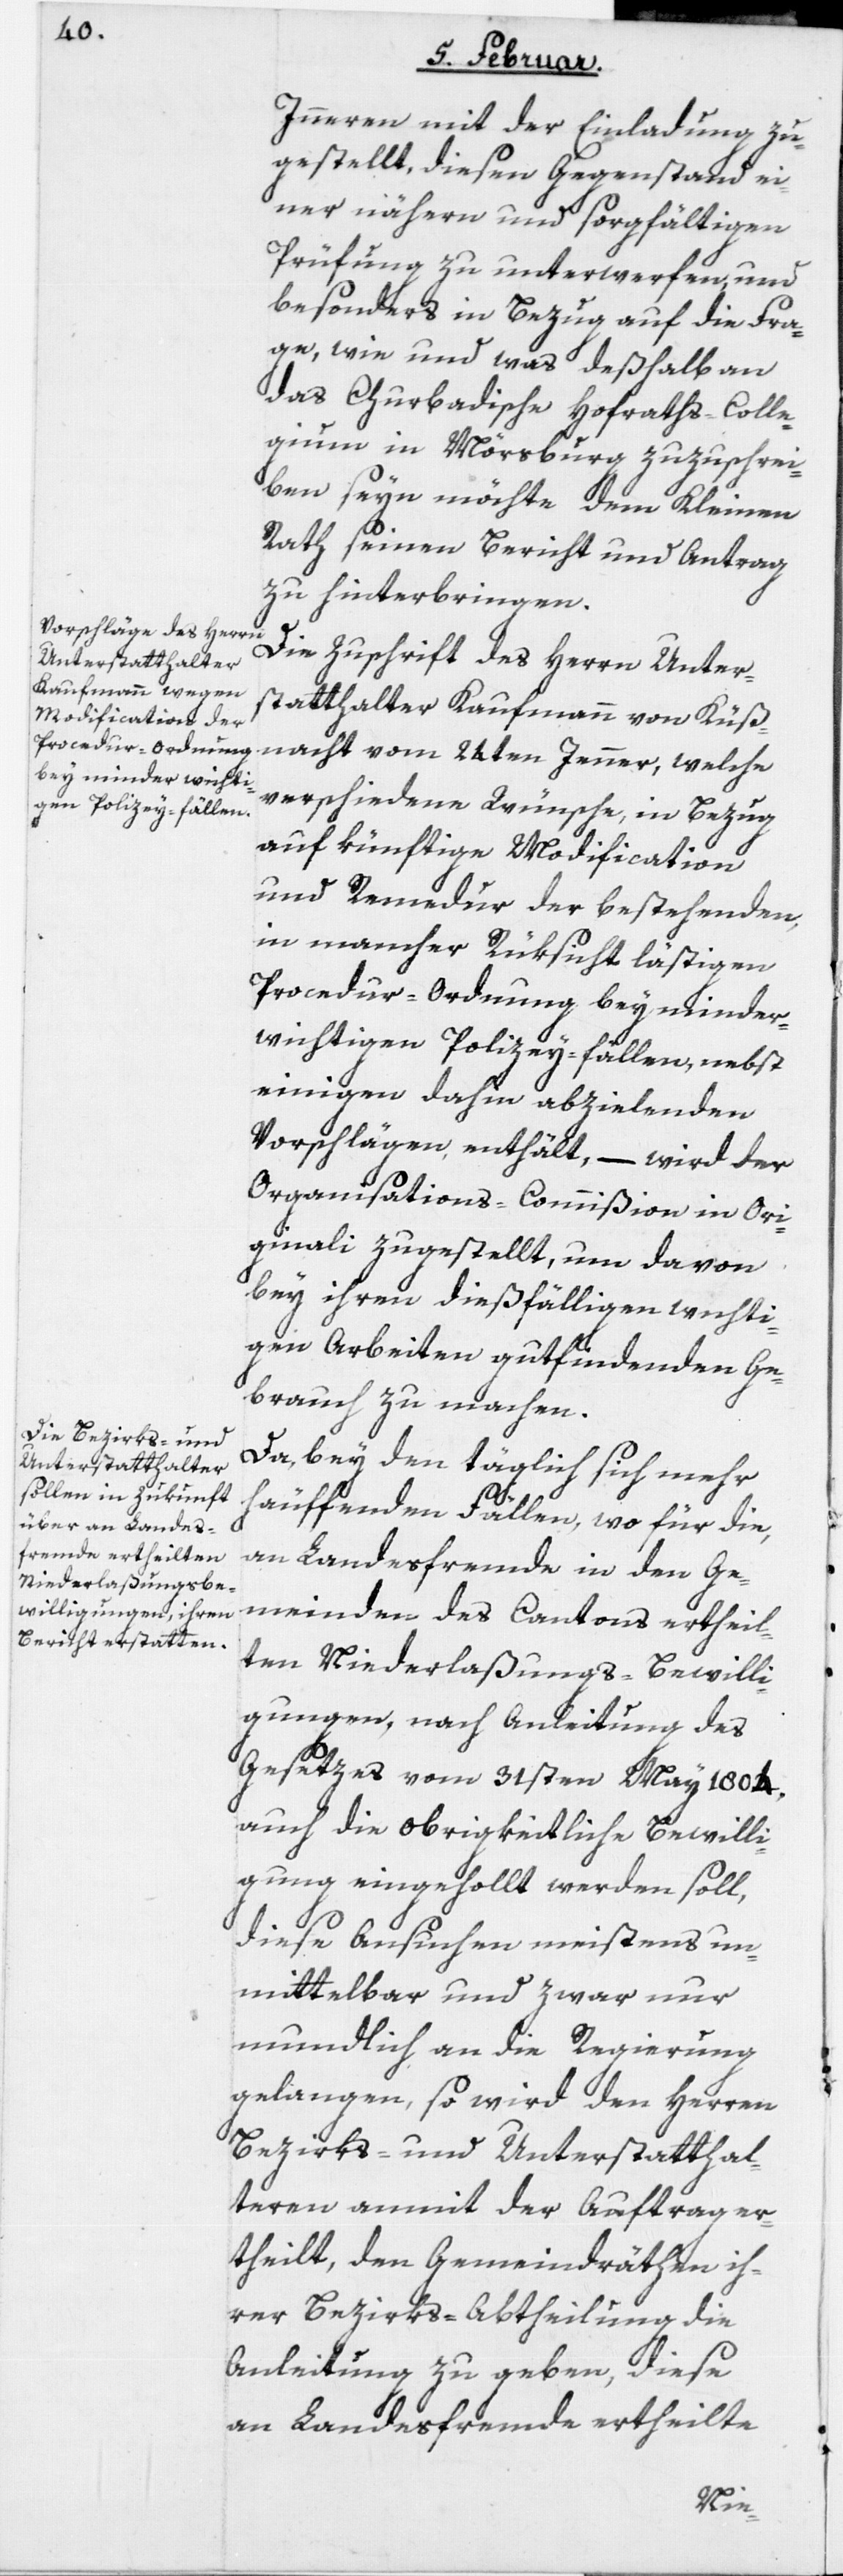
Inneren mit der Einladung zu¬
gestellt, diesen Gegenstand ei¬
ner nähern und sorgfältigen
Prüfung zu unterwerfen, und
besonders in Bezug auf die Fra¬
ge, wie und was deßhalb an
Churbadische Hofraths-Colle¬
gium in Mörsburg zuzuschrei¬
ben seyn möchte dem Kleinen
Rath seinen Bericht und Antrag
zu hinterbringen.
Die Zuschrift des Herrn Unter¬
statthalter Kaufmann von Küß¬
nacht vom 24sten Jenner, welche
verschiedene Wünsche, in Bezug
auf künftige Modification
und Remedur der bestehenden,
in mancher Rüksicht lästigen
Procedur-Ordnung bey minder¬
wichtigen Polizey-fällen, nebst
einigen dahin abzielenden
Vorschlägen enthält, – wird der
Organisations-Commißion in Ori¬
ginali zugestellt, um davon
bey ihren dießfälligen wichti¬
gen Arbeiten gutfindenden Ge¬
brauch zu machen.
Da, bey den täglich sich mehr
häuffenden Fällen, wo für die,
an Landesfremde in den Ge¬
meinden des Cantons ertheil¬
ten Niederlaßungs-Bewilli¬
gungen, nach Anleitung des
Gesetzes vom 31sten May 1804,
auch die obrigkeitliche Bewilli¬
gung eingehollt werden soll,
diese Ansuchen meistens un¬
mittelbar und zwar nur
mundlich an die Regierung
gelangen, so wird den Herren
Bezirks- und Unterstatthal¬
teren anmit der Auftrag er¬
theilt, den Gemeindräthen ih¬
rer Bezirks-Abtheilung die
Anleitung zu geben, diese
an Landesfremde ertheilte